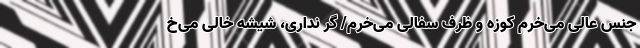
جنس عالی می‌خرم کوزه و ظرف سفالی می‌خرم/ گر نداری، شیشه خالی می‌خ